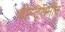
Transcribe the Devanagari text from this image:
बोल्ट्समॉन